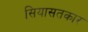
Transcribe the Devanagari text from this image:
सियासतकार